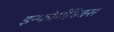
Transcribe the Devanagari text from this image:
इन्फोर्मत्रिक्स